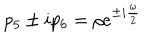
p _ { 5 } \pm i p _ { 6 } = \rho e ^ { \pm i \frac { \omega } { 2 } }